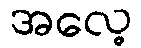
အလေ့